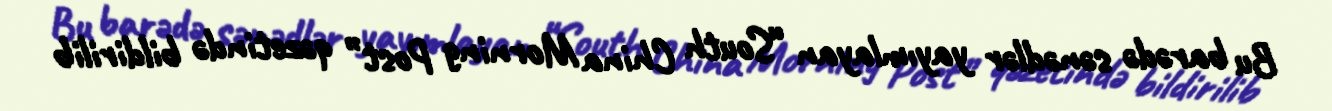
Bu barədə sənədlər yayımlayan “South China Morning Post” qəzetində bildirilib